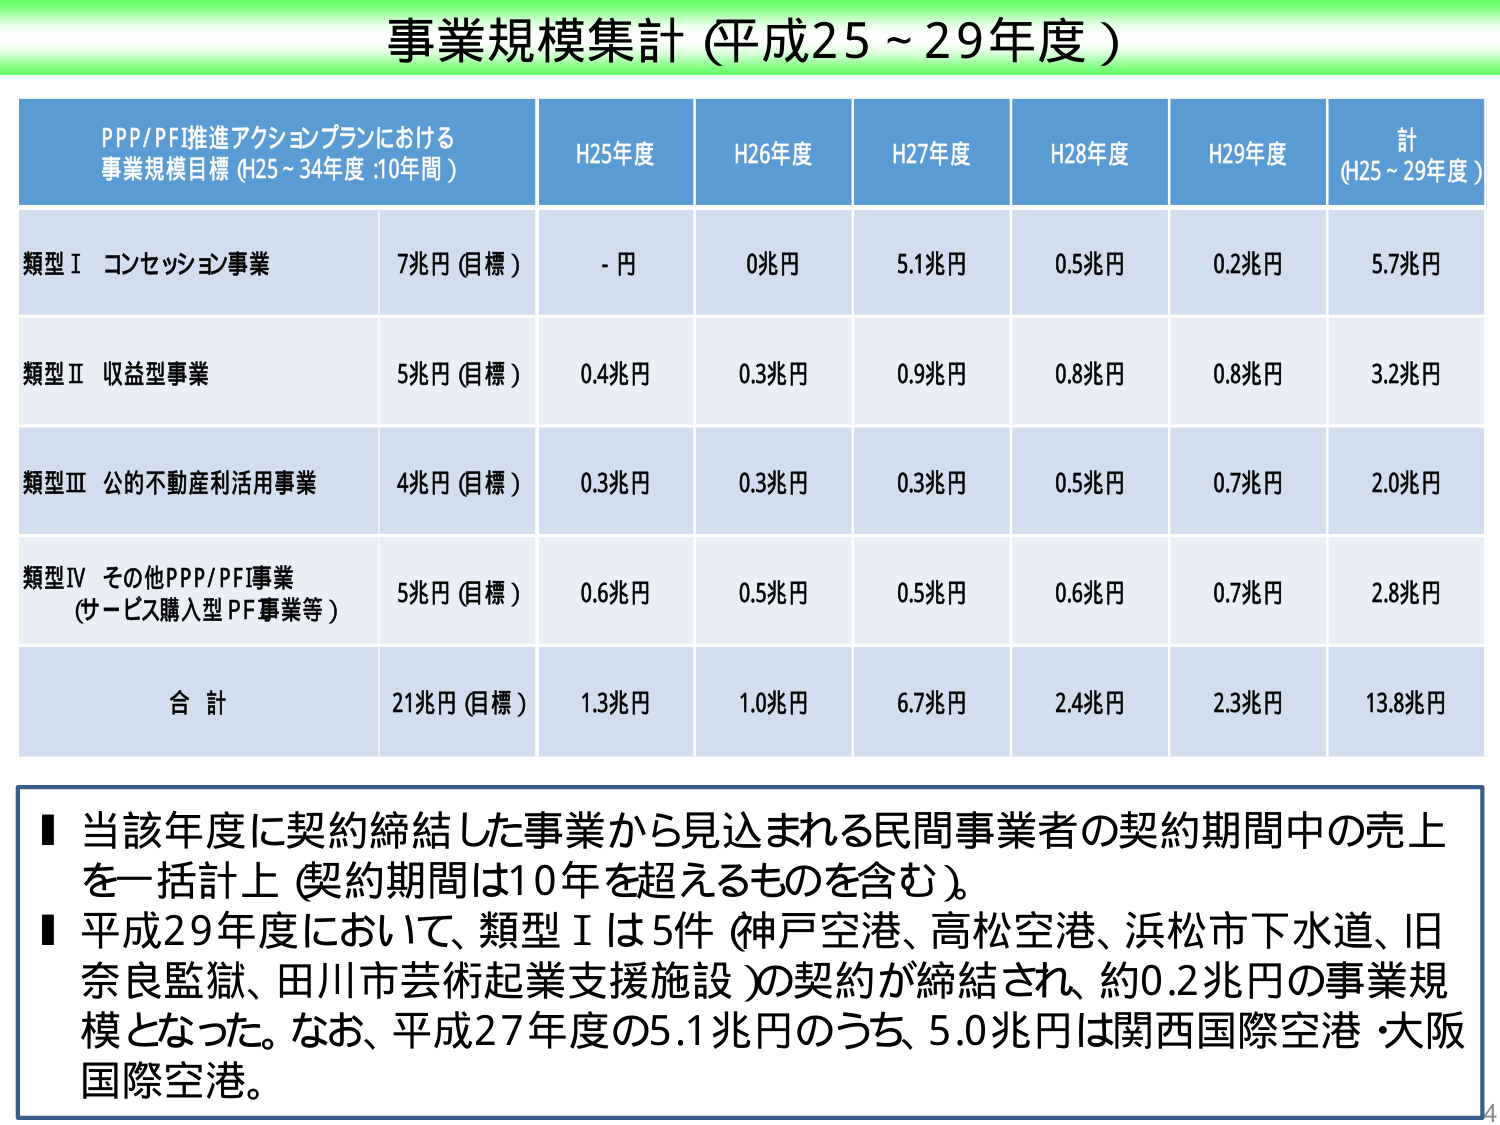
事業規模集計（平成25～29年度）

PPP/PFI推進アクションプランにおける
事業規模目標（H25～34年度：10年間）

H25年度　H26年度　H27年度　H28年度　H29年度　計（H25～29年度）

類型Ⅰ コンセッション事業　7兆円（目標）　- 円　0兆円　5.1兆円　0.5兆円　0.2兆円　5.7兆円

類型Ⅱ 収益型事業　5兆円（目標）　0.4兆円　0.3兆円　0.9兆円　0.8兆円　0.8兆円　3.2兆円

類型Ⅲ 公的不動産利活用事業　4兆円（目標）　0.3兆円　0.3兆円　0.3兆円　0.5兆円　0.7兆円　2.0兆円

類型Ⅳ その他PPP/PFI事業
（サービス購入型PF事業等）　5兆円（目標）　0.6兆円　0.5兆円　0.5兆円　0.6兆円　0.7兆円　2.8兆円

合計　21兆円（目標）　1.3兆円　1.0兆円　6.7兆円　2.4兆円　2.3兆円　13.8兆円

■ 当該年度に契約締結した事業から見込まれる民間事業者の契約期間中の売上を一括計上（契約期間は10年を超えるものを含む）。
■ 平成29年度において、類型Ⅰは5件（神戸空港、高松空港、浜松市下水道、旧奈良監獄、田川市芸術起業支援施設）の契約が締結され、約0.2兆円の事業規模となった。なお、平成27年度の5.1兆円のうち、5.0兆円は関西国際空港・大阪国際空港。

4